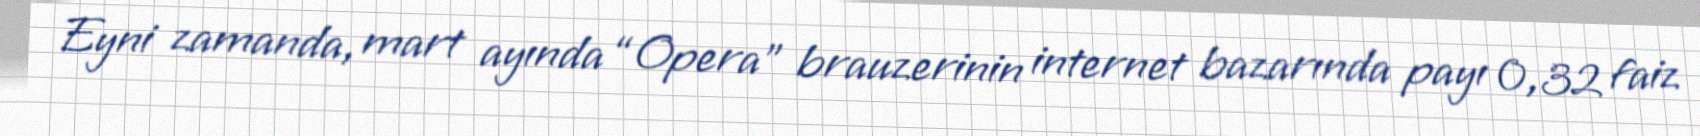
Eyni zamanda, mart ayında “Opera” brauzerinin internet bazarında payı 0,32 faiz